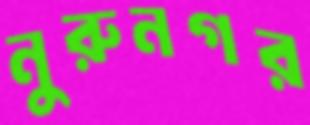
নুরুনগর